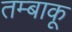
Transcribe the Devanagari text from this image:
तम्‍बाकू